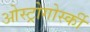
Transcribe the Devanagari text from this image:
ओस्ट्रोगोर्स्की